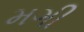
મગી